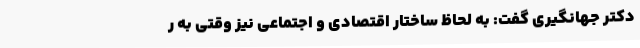
دکتر جهانگیری گفت: به لحاظ ساختار اقتصادی و اجتماعی نیز وقتی به ر